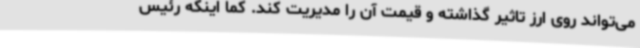
می‌تواند روی ارز تاثیر گذاشته و قیمت آن را مدیریت کند. کما اینکه رئیس